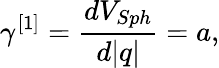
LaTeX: \gamma^{[1]}=\frac{dV_{Sph}}{d\vert q\vert}=a,